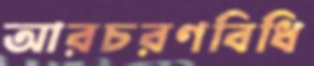
আরচরণবিধি